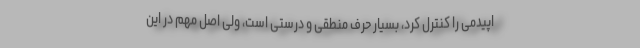
اپیدمی را کنترل کرد، بسیار حرف منطقی و درستی است، ولی اصل مهم در این